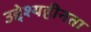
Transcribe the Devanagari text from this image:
उद्देश्यहीनता